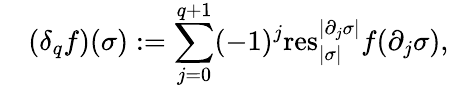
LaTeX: \quad(\delta_{q}f)(\sigma):=\sum_{j=0}^{q+1}(-1)^{j}\mathrm{res}_{|\sigma|}^{|\partial_{j}\sigma|}f(\partial_{j}\sigma),